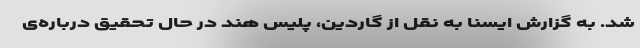
شد. به گزارش ایسنا به نقل از گاردین، پلیس هند در حال تحقیق درباره‌ی